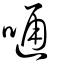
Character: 嗵